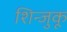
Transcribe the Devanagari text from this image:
शिन्जुकू